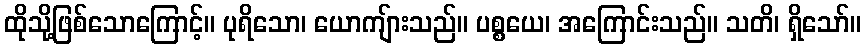
ထိုသို့ဖြစ်သောကြောင့်။ ပုရိသော၊ ယောကျ်ားသည်။ ပစ္စယေ၊ အကြောင်းသည်။ သတိ၊ ရှိသော်။